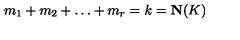
m _ { 1 } + m _ { 2 } + \ldots + m _ { r } = k = \mathbf { N } ( K )